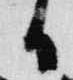
日